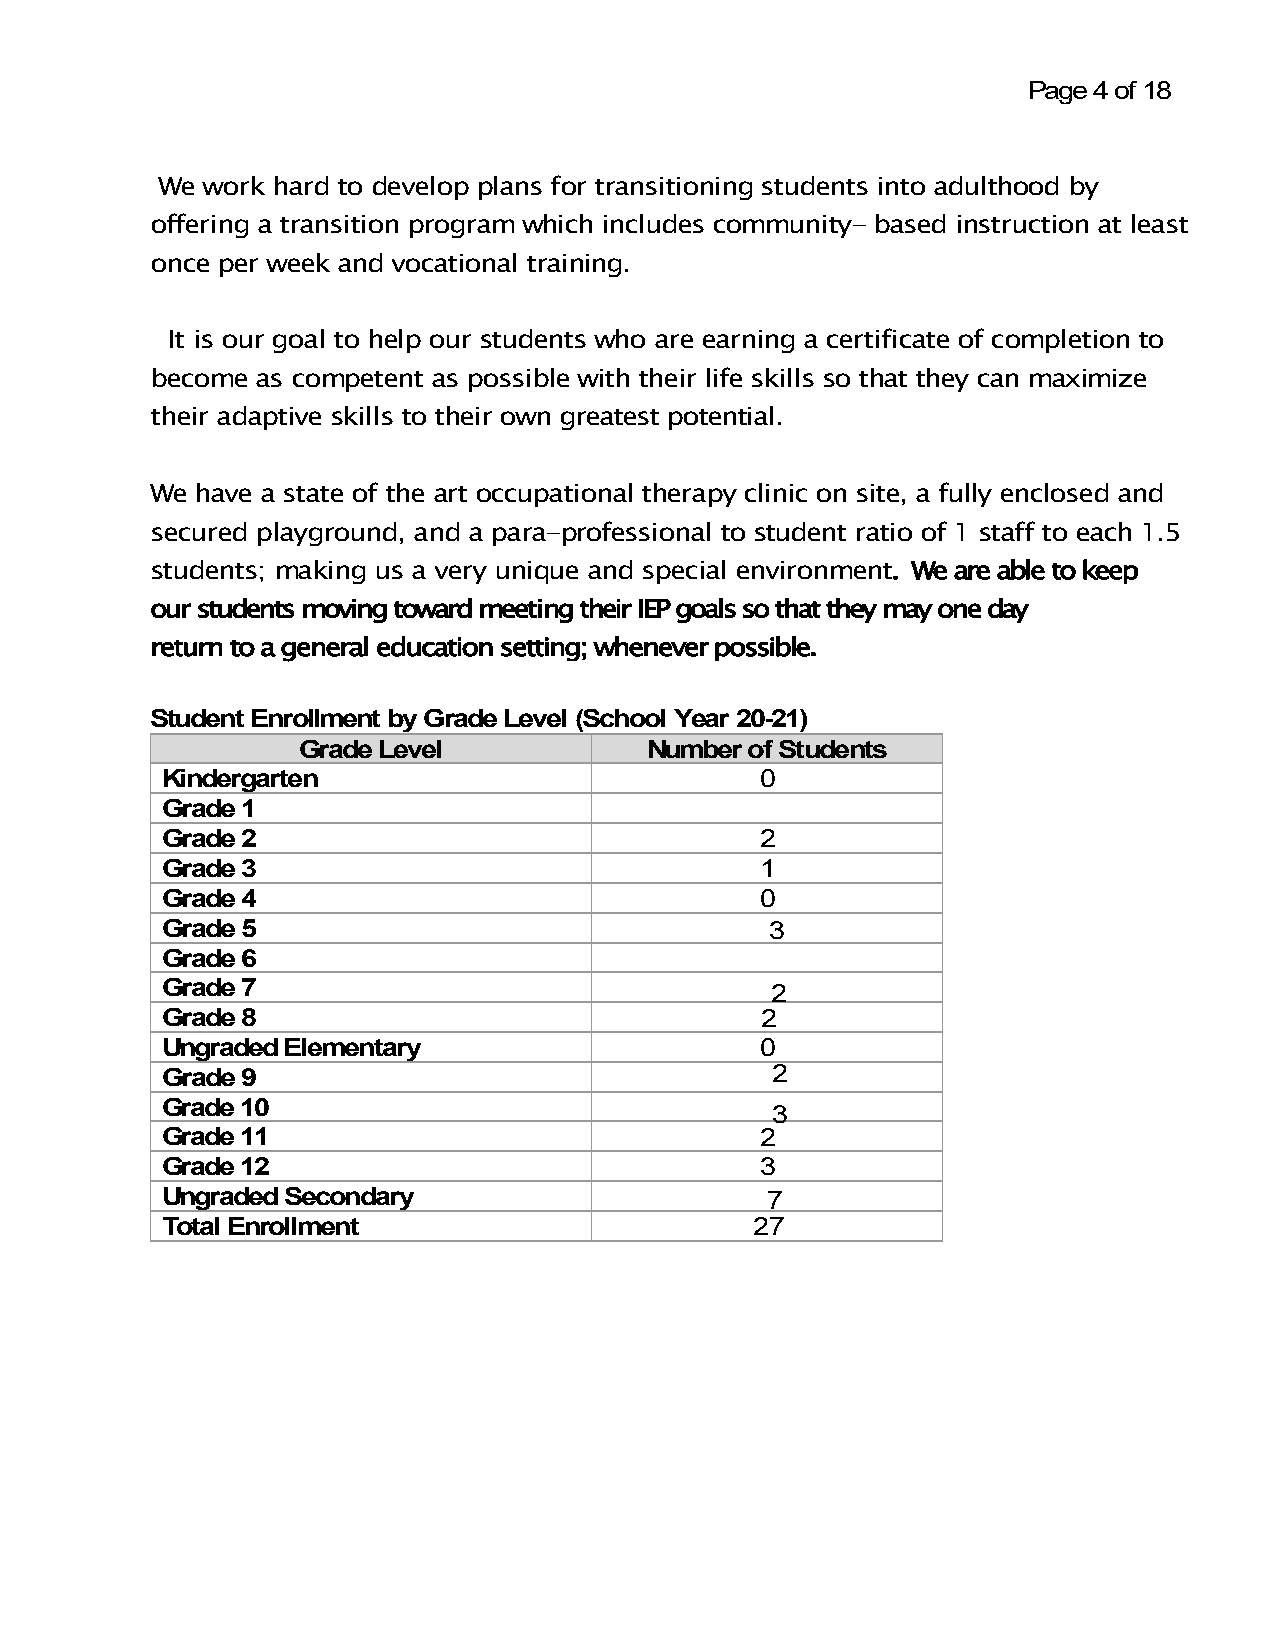
Page 4 of 18
 We work hard to develop plans for transitioning students into adulthood by
 offering a transition program which includes community- based instruction at least
 once per week and vocational training.
 It is our goal to help our students who are earning a certificate of completion to
 become as competent as possible with their life skills so that they can maximize
 their adaptive skills to their own greatest potential.
 We have a state of the art occupational therapy clinic on site, a fully enclosed and
 secured playground, and a para-professional to student ratio of 1 staff to each 1.5
 students; making us a very unique and special environment. We are able to keep
 our students moving toward meeting their IEP goals so that they may one day
 return to a general education setting; whenever possible.
 Student Enrollment by Grade Level (School Year 20-21)
 Grade Level            Number of Students
 Kindergarten                           0
 Grade 1
 Grade 2                                2
 Grade 3                                1
 Grade 4                                0
 Grade 5                                 3
 Grade 6
 Grade 7                                 2
 Grade 8                                2
 Ungraded Elementary                    0
 Grade 9                                 2
 Grade 10                                3
 Grade 11                               2
 Grade 12                               3
 Ungraded Secondary                      7
 Total Enrollment                       27